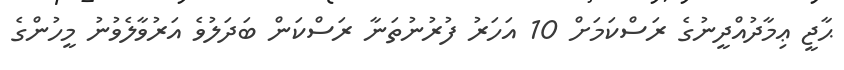
ޙާޖީ ޢިމާދުއްދީނުގެ ރަސްކަމަށް 10 އަހަރު ފުރުނުތަނާ ރަސްކަން ބަދަލުވެ އަރުވާލެވުނު މީހުންގެ